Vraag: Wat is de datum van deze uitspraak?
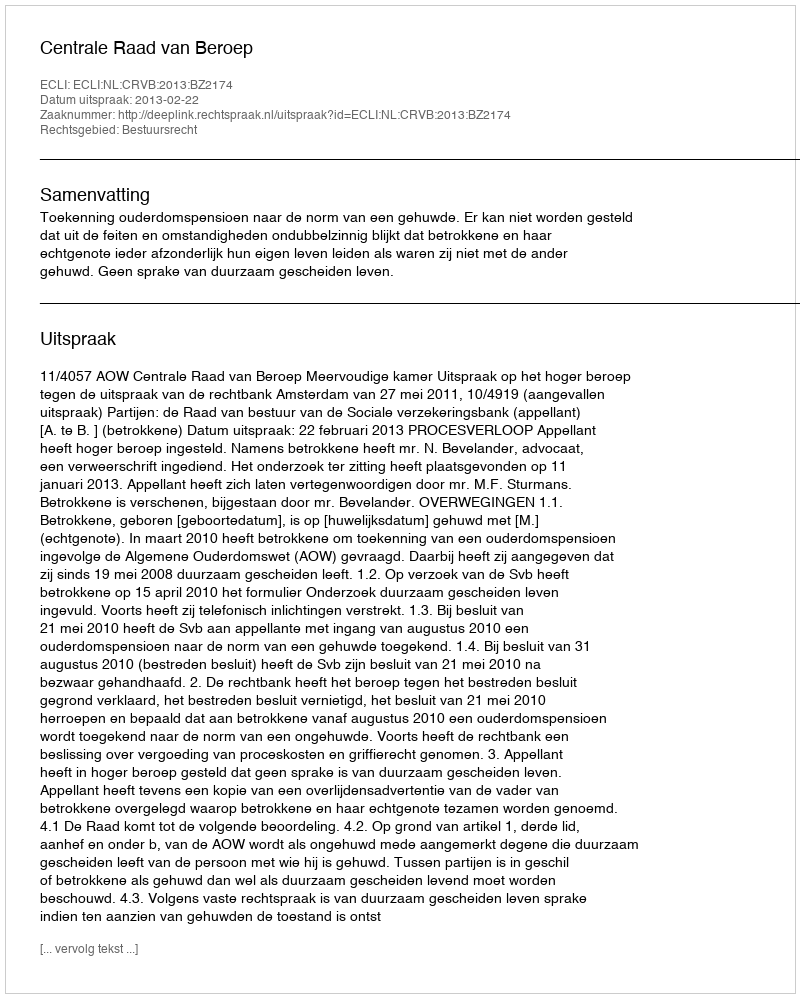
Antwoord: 2013-02-22